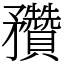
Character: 䂎